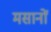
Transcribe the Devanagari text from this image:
मसानों